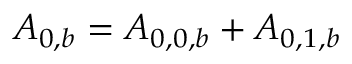
{ A _ { 0 , b } } = { A _ { 0 , 0 , b } } + { A _ { 0 , 1 , b } }